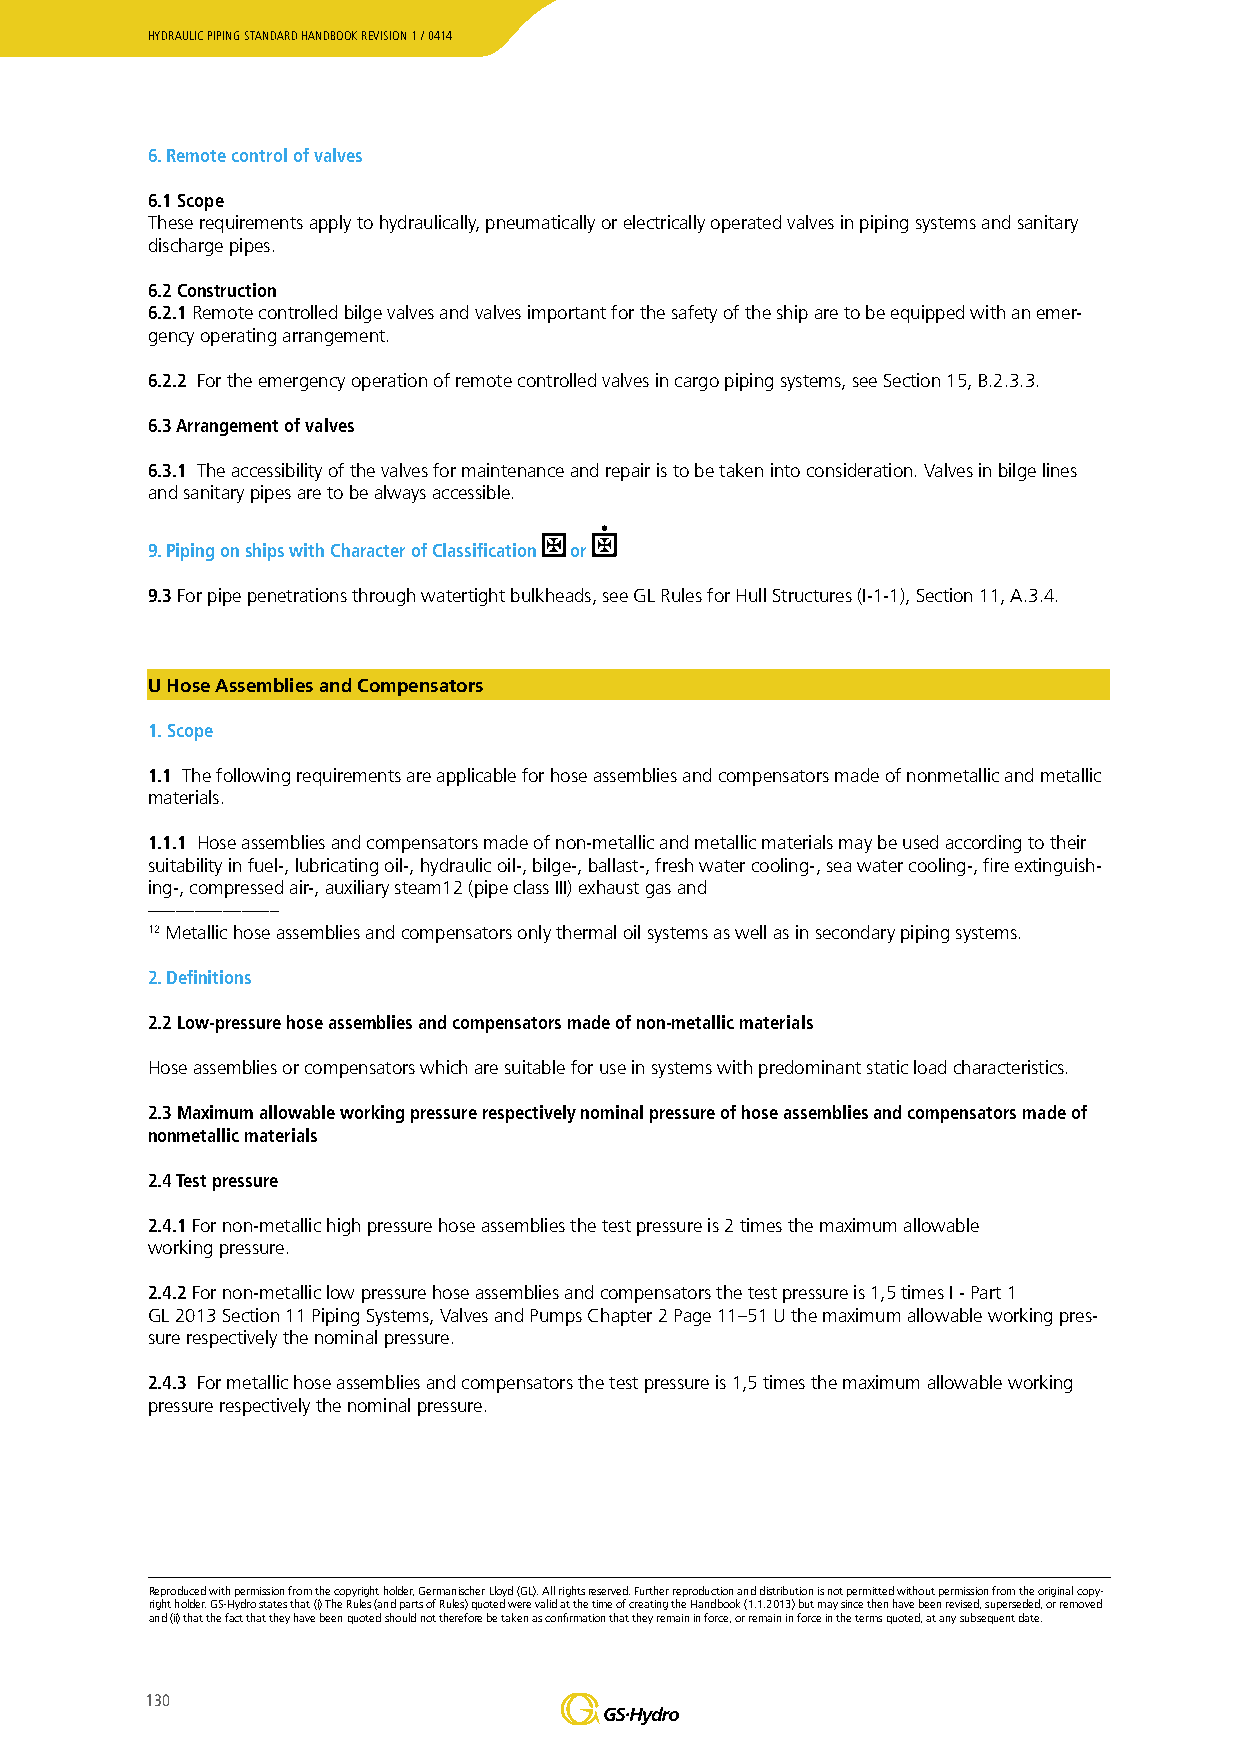
HYDRAULIC PIPING STANDARD HANDBOOK REVISION 1 / 0414
 6. Remote control of valves
 6.1 Scope
 These requirements apply to hydraulically, pneumatically or electrically operated valves in piping systems and sanitary
 discharge pipes.
 6.2 Construction
 6.2.1 Remote controlled bilge valves and valves important for the safety of the ship are to be equipped with an emer-
 gency operating arrangement.
 6.2.2 For the emergency operation of remote controlled valves in cargo piping systems, see Section 15, B.2.3.3.
 6.3 Arrangement of valves
 6.3.1 The accessibility of the valves for maintenance and repair is to be taken into consideration. Valves in bilge lines
 and sanitary pipes are to be always accessible.
 9. Piping on ships with Character of Classification or
 9.3 For pipe penetrations through watertight bulkheads, see GL Rules for Hull Structures (I-1-1), Section 11, A.3.4.
 U Hose Assemblies and Compensators
 1. Scope
 1.1 The following requirements are applicable for hose assemblies and compensators made of nonmetallic and metallic
 materials.
 1.1.1 Hose assemblies and compensators made of non-metallic and metallic materials may be used according to their
 suitability in fuel-, lubricating oil-, hydraulic oil-, bilge-, ballast-, fresh water cooling-, sea water cooling-, fire extinguish-
 ing-, compressed air-, auxiliary steam12 (pipe class III) exhaust gas and
 ––––––––––––––
 12 Metallic hose assemblies and compensators only thermal oil systems as well as in secondary piping systems.
 2. Definitions
 2.2 Low-pressure hose assemblies and compensators made of non-metallic materials
 Hose assemblies or compensators which are suitable for use in systems with predominant static load characteristics.
 2.3 Maximum allowable working pressure respectively nominal pressure of hose assemblies and compensators made of
 nonmetallic materials
 2.4 Test pressure
 2.4.1 For non-metallic high pressure hose assemblies the test pressure is 2 times the maximum allowable
 working pressure.
 2.4.2 For non-metallic low pressure hose assemblies and compensators the test pressure is 1,5 times I - Part 1
 GL 2013 Section 11 Piping Systems, Valves and Pumps Chapter 2 Page 11–51 U the maximum allowable working pres-
 sure respectively the nominal pressure.
 2.4.3 For metallic hose assemblies and compensators the test pressure is 1,5 times the maximum allowable working
 pressure respectively the nominal pressure.
 Reproduced with permission from the copyright holder, Germanischer Lloyd (GL). All rights reserved. Further reproduction and distribution is not permitted without permission from the original copy-
 right holder. GS-Hydro states that (i) The Rules (and parts of Rules) quoted were valid at the time of creating the Handbook (1.1.2013) but may since then have been revised, superseded, or removed
 and (ii) that the fact that they have been quoted should not therefore be taken as confirmation that they remain in force, or remain in force in the terms quoted, at any subsequent date.
 130